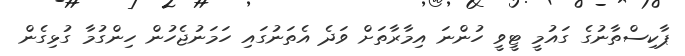
ޕާކިސްތާނުގެ ގައުމީ ޓީވީ ހުންނަ އިމާރާތަށް ވަދެ އެތަނުގައި ހަމަނުޖެހުން ހިންގުމާ ގުޅިގެން